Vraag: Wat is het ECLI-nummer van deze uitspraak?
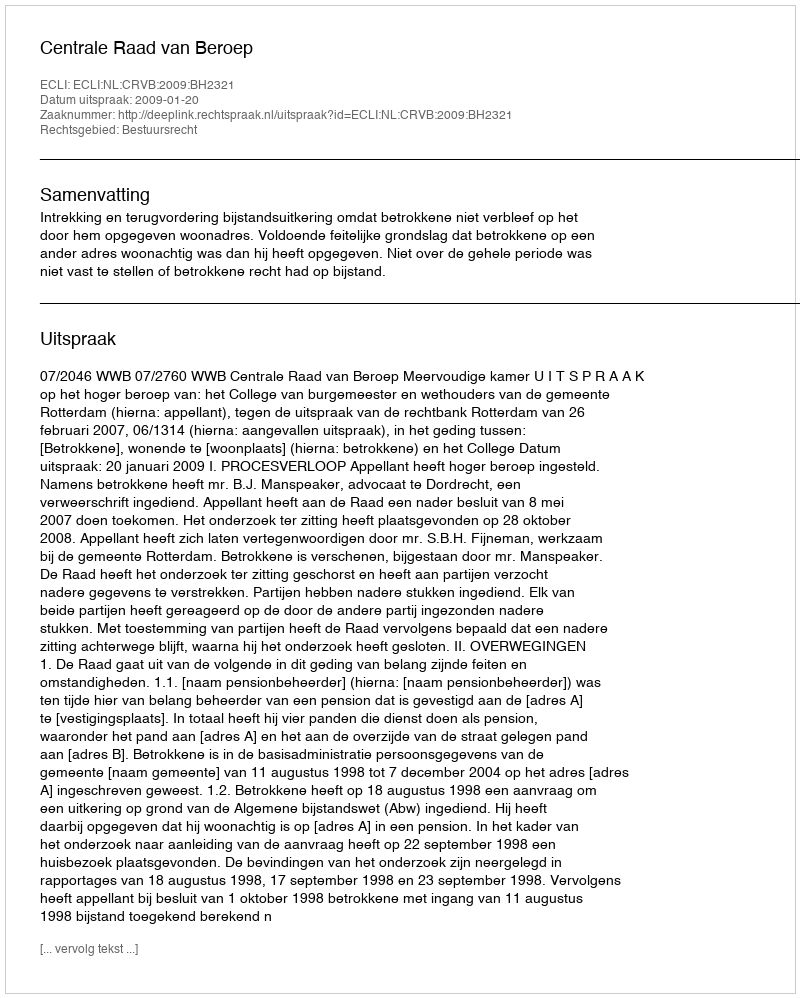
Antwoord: ECLI:NL:CRVB:2009:BH2321